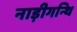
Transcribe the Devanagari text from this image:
नाड़ीगन्थि